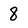
Character: 8